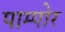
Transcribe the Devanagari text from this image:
पाम्पोर